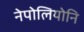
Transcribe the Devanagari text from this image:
नेपोलियोनि